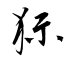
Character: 玍